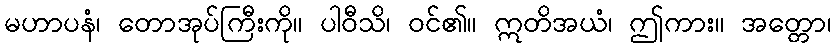
မဟာပနံ၊ တောအုပ်ကြီးကို။ ပါဝီသိ၊ ဝင်၏။ ဣတိအယံ၊ ဤကား။ အတ္တော၊